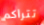
تتراكم